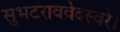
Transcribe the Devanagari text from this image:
सुभटराववेदस्वरे।